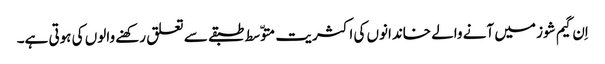
اِن گیم شوز میں آنے والے خاندانوں کی اکثریت متوّسط طبقے سے تعلق رکھنے والوں کی ہوتی ہے۔